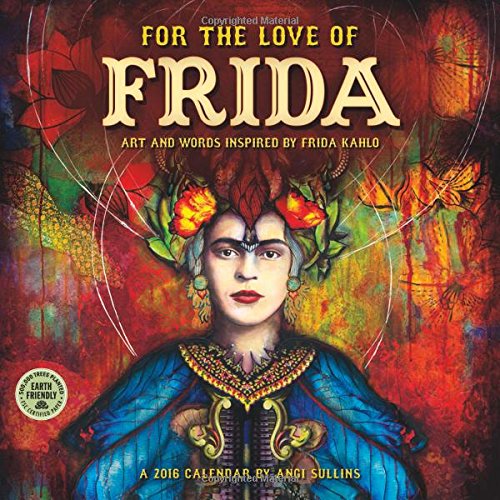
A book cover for For the Love of Frida 2016 Wall Calendar: Art and Words Inspired by Frida Kahlo; Angi Sullins; Calendars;